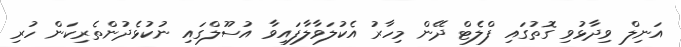
އަނިލް ވިދާޅުވި ގޮތުގައި ފްލެޓް ދޭން މިހާރު އެކުލަވާލާފައިވާ އުސޫލްގައި ނުކުޅެދުންތެރިކަން ހުރި